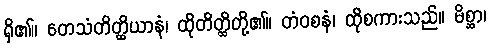
ရှိ၏။ တေသံတိတ္ထိယာနံ၊ ထိုတိတ္ထိတို့၏။ တံဝစနံ၊ ထိုစကားသည်။ မိစ္ဆာ၊